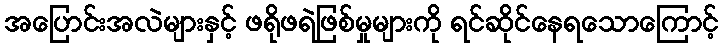
အပြောင်းအလဲများနှင့် ဖရိုဖရဲဖြစ်မှုများကို ရင်ဆိုင်နေရသောကြောင့်